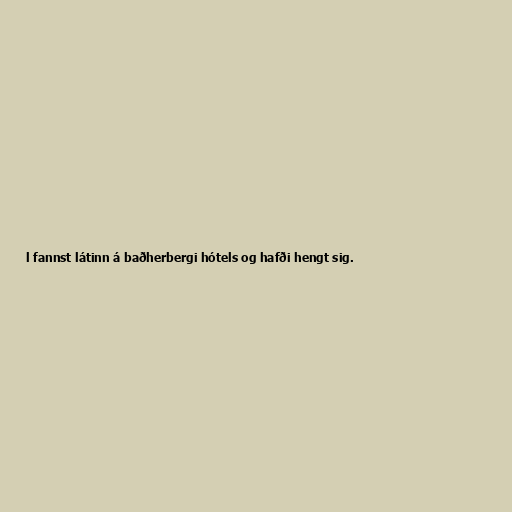
l fannst látinn á baðherbergi hótels og hafði hengt sig.